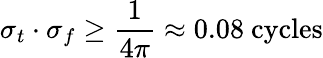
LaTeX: \sigma_{t}\cdot\sigma_{f}\geq{\frac{1}{4\pi}}\approx 0.08{\mathrm{~cycles}}